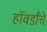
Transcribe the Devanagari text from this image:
हॉवर्डांचे